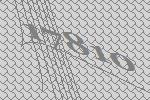
17810